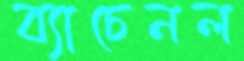
ব্যাচেনল